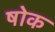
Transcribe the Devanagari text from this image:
षोक